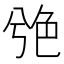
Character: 䒊